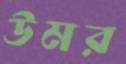
উমর